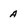
Character: A